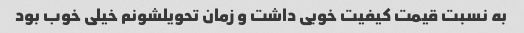
به نسبت قیمت کیفیت خوبی داشت و زمان تحویلشونم خیلی خوب بود